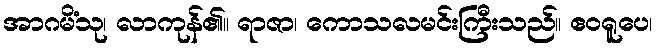
အာဂမိံသု၊ လာကုန်၏။ ရာဇာ၊ ကောသလမင်းကြီးသည်။ ဧဝရူပေ၊